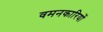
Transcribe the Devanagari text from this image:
वमनकारियों